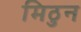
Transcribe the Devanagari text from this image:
मिठुन